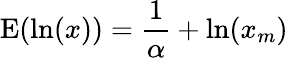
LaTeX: \operatorname{E}(\ln(x))={\frac{1}{\alpha}}+\ln(x_{m})